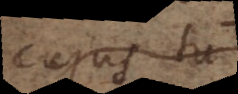
cujus tu